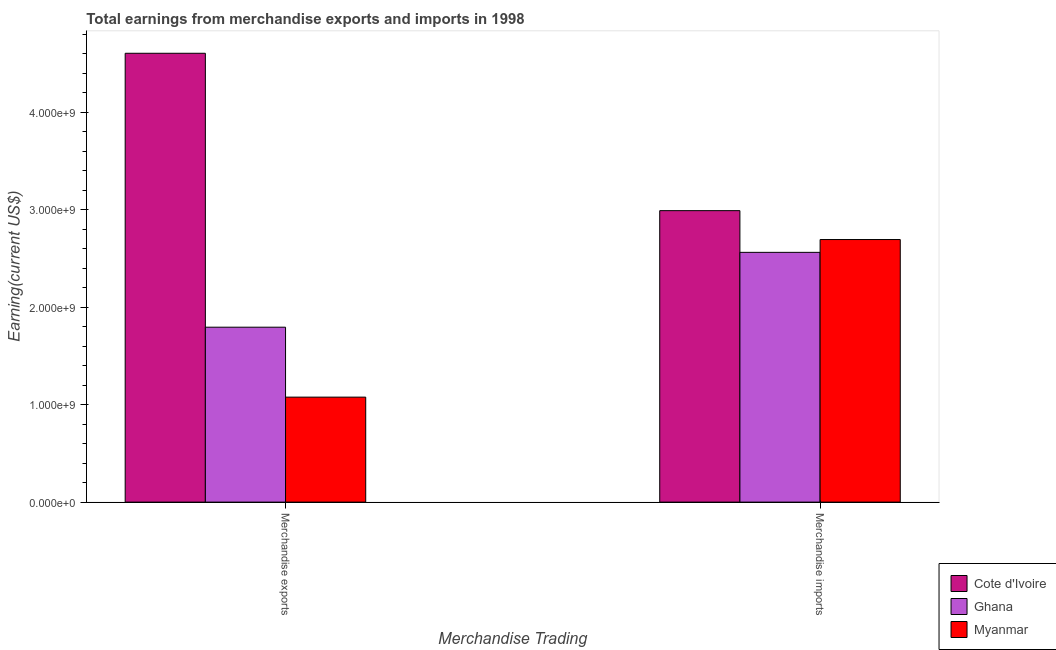
| Merchandise Trading | Cote d'Ivoire | Ghana | Myanmar |
 | --- | --- | --- | --- |
 | Merchandise exports | 4.61e+09 | 1.8e+09 | 1.08e+09 |
 | Merchandise imports | 2.99e+09 | 2.56e+09 | 2.69e+09 |